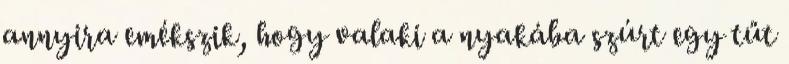
annyira emékszik, hogy valaki a nyakába szúrt egy tűt